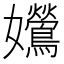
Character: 𡤰